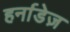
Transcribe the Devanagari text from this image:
हर्नाडेज़